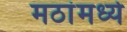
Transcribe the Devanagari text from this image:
मठांमध्ये